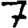
Digit: 7